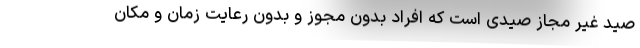
صید غیر مجاز صیدی است که افراد بدون مجوز و بدون رعایت زمان و مکان